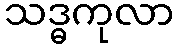
သဒ္ဓကုလာ